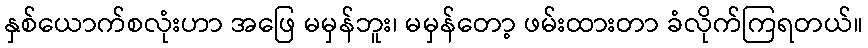
နှစ်ယောက်စလုံးဟာ အဖြေ မမှန်ဘူး၊ မမှန်တော့ ဖမ်းထားတာ ခံလိုက်ကြရတယ်။